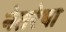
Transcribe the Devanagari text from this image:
नेतरेषा